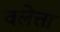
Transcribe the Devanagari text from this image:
वलेत्ता